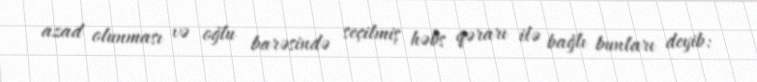
azad olunması və oğlu barəsində seçilmiş həbs qərarı ilə bağlı bunları deyib: